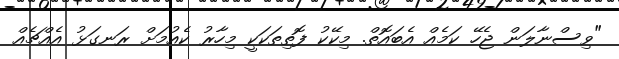
"ވިސްނާލަން ޖެހޭ ކަމެއް އެބައޮތް. މިކޭކު ފޮތިތަކަކީ މިހާރު ކެއުމަށް ރަނގަޅު އެއްޗެއް